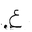
Letter: _ayn